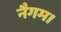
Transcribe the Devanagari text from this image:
नैगम।